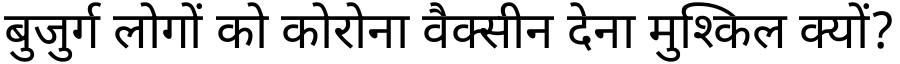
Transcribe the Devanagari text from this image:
बुजुर्ग लोगों को कोरोना वैक्सीन देना मुश्किल क्यों?